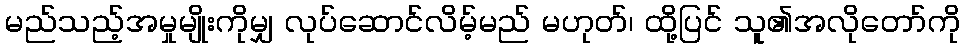
မည်သည့်အမှုမျိုးကိုမျှ လုပ်ဆောင်လိမ့်မည် မဟုတ်၊ ထို့ပြင် သူ၏အလိုတော်ကို